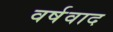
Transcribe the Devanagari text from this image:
वर्षवाद